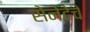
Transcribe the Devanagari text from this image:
सेनेटेचे